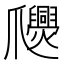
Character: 𤕉